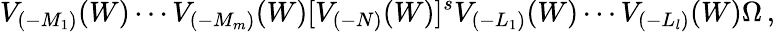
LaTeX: V_{(-M_{1})}(W)\cdots V_{(-M_{m})}(W)[V_{(-N)}(W)]^{s}V_{(-L_{1})}(W)\cdots V_{(-L_{l})}(W)\Omega\, ,